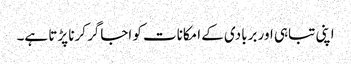
اپنی تباہی اور بربادی کے امکانات کو اجاگر کرنا پڑتا ہے۔